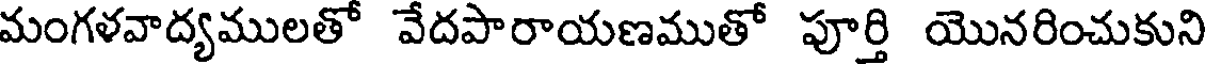
మంగళవాద్యములతో వేదపారాయణముతో పూర్తి యొనరించుకుని